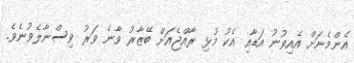
އެންމެނަށް އެއިވުނު އަޑާއި އެކު މުޅި ރާއްޖެއަށް ބޭޒާރު ވާނެ ވަރު ވިސްނާލެވުނެވެ.